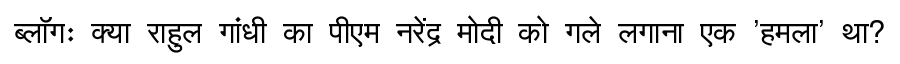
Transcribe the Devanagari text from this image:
ब्लॉगः क्या राहुल गांधी का पीएम नरेंद्र मोदी को गले लगाना एक 'हमला' था?